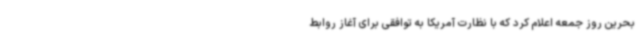
بحرین روز جمعه اعلام کرد که با نظارت آمریکا به توافقی برای آغاز روابط